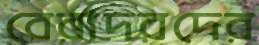
বেরাদরদের